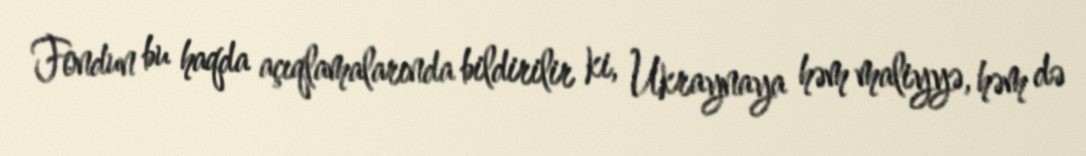
Fondun bu haqda açıqlamalarında bildirilir ki, Ukraynaya həm maliyyə, həm də